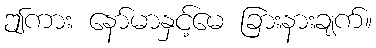
ဤကား နော်မာနှင့်မေ ခြားနားချက်။